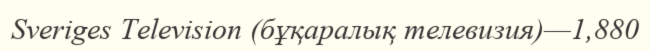
Sveriges Television (бұқаралық телевизия)—1,880